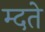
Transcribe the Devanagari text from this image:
म्दते